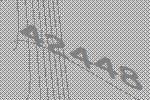
42448